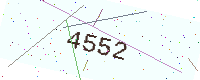
Text: 4552